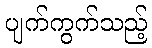
ပျက်ကွက်သည့်